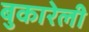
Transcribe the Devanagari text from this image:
बुकारेली